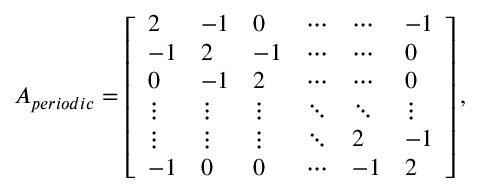
A _ { p e r i o d i c } = \left[ \begin{array} { l l l l l l } { 2 } & { - 1 } & { 0 } & { \cdots } & { \cdots } & { - 1 } \\ { - 1 } & { 2 } & { - 1 } & { \cdots } & { \cdots } & { 0 } \\ { 0 } & { - 1 } & { 2 } & { \cdots } & { \cdots } & { 0 } \\ { \vdots } & { \vdots } & { \vdots } & { \ddots } & { \ddots } & { \vdots } \\ { \vdots } & { \vdots } & { \vdots } & { \ddots } & { 2 } & { - 1 } \\ { - 1 } & { 0 } & { 0 } & { \cdots } & { - 1 } & { 2 } \end{array} \right] ,